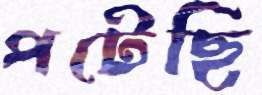
পটেছি